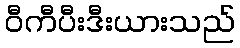
ဝီကီပီးဒီးယားသည်